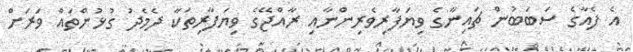
އެ ފެއާގެ ސަބަބުން ޗައިނާގެ ވިޔަފާރިވެރިންނާއި ރާއްޖޭގެ ވިޔަފާރިތަކާ ދެމެދު ގުޅުންތައް ވަރަށް